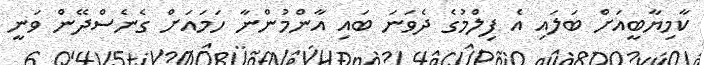
ކާމިޔާބީއަށް ބަލައި އެ ފިލްމުގެ ދެވަނަ ބައި އާންމުންނާ ހަމައަށް ގެނެސްދޭން ވަނީ